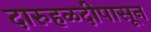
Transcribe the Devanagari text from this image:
दारुहळदीपासून